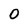
Character: 0